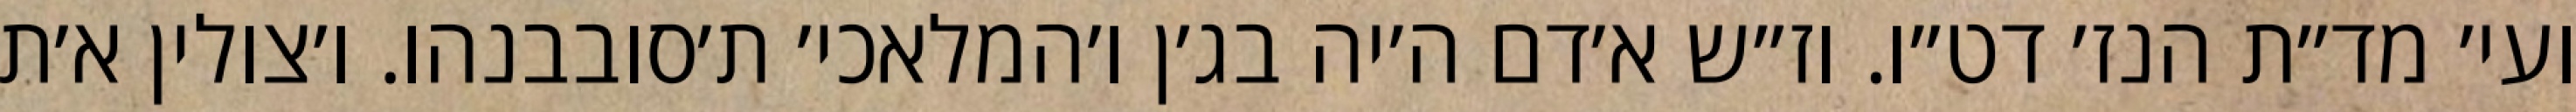
ועי׳ מד״ת הנז׳ דט״ו. וז״ש א׳דם ה׳יה בג׳ן ו׳המלאכי׳ ת׳סובבנהו. ו׳צולין א׳ת